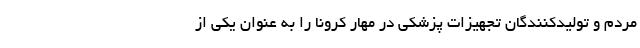
مردم و تولیدکنندگان تجهیزات پزشکی در مهار کرونا را به عنوان یکی از